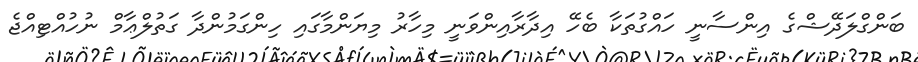
ބަންގްލަދޭޝްގެ އިންސާނީ ހައްގުތަކާ ބެހޭ އިދާރާއިންވަނީ މިހާރު މިޔަންމާގައި ހިންގަމުންދާ ގަތުލްޢާމް ނުހުއްޓިއްޖެ